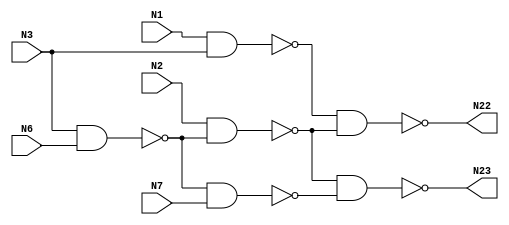
module c17 (N1,N2,N3,N6,N7,N22,N23);

input N1,N2,
N3,
N6,N7;

output N22,
N23;

wire N10,N11,N16,N19;

nand NAND2_1 (N10, N1, N3);
nand NAND2_2 (N11, N3, N6);
nand NAND2_3 (N16, N2, N11);
nand NAND2_4 (N19, N11, N7);
nand NAND2_5 (N22, N10, N16);
nand NAND2_6 (N23, N16, N19);

endmodule




//OUTPUT
/*(base) bhaavanaa@bhaavanaa:~/VLSI_lab/DA2$ python da2.py 
enter the verilog file name: c17.v

number of inputs=  5
inputs are:  ['N1', 'N2', 'N3', 'N6', 'N7']



number of wires=  4
intermediate wires are:  ['N10', 'N11', 'N16', 'N19']



number of outputs=  2
outputs are:  ['N22', 'N23']



number of gates=  6
gate array is:  [['nand', 'N10', 'N1', 'N3'], ['nand', 'N11', 'N3', 'N6'], ['nand', 'N16', 'N2', 'N11'], ['nand', 'N19', 'N11', 'N7'], ['nand', 'N22', 'N10', 'N16'], ['nand', 'N23', 'N16', 'N19']]


input probabilities: 
N1 0.5
N2 0.5
N3 0.5
N6 0.5
N7 0.5


probability of intermediate wires:
N10 0.75
N11 0.75
N16 0.625
N19 0.625


probability of the outputs: 
N22 0.53125
N23 0.609375


activity factors of intermediate wires:
N10 0.1875
N11 0.1875
N16 0.2344
N19 0.2344


activity factors of the outputs: 
N22 0.249
N23 0.238


(base) bhaavanaa@bhaavanaa:~/VLSI_lab/DA2$ 
*/